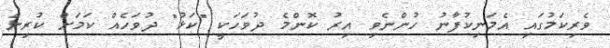
ވެރިކަމުގައި އެމަނިކުފާނު ހުންނެވި އިރު ކޮންމެ ދުވަހަކީ "ކަޅު" ދުވަހެއް ކަމަށް ކުރިން